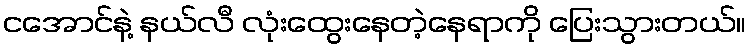
ငအောင်နဲ့ နယ်လီ လုံးထွေးနေတဲ့နေရာကို ပြေးသွားတယ်။